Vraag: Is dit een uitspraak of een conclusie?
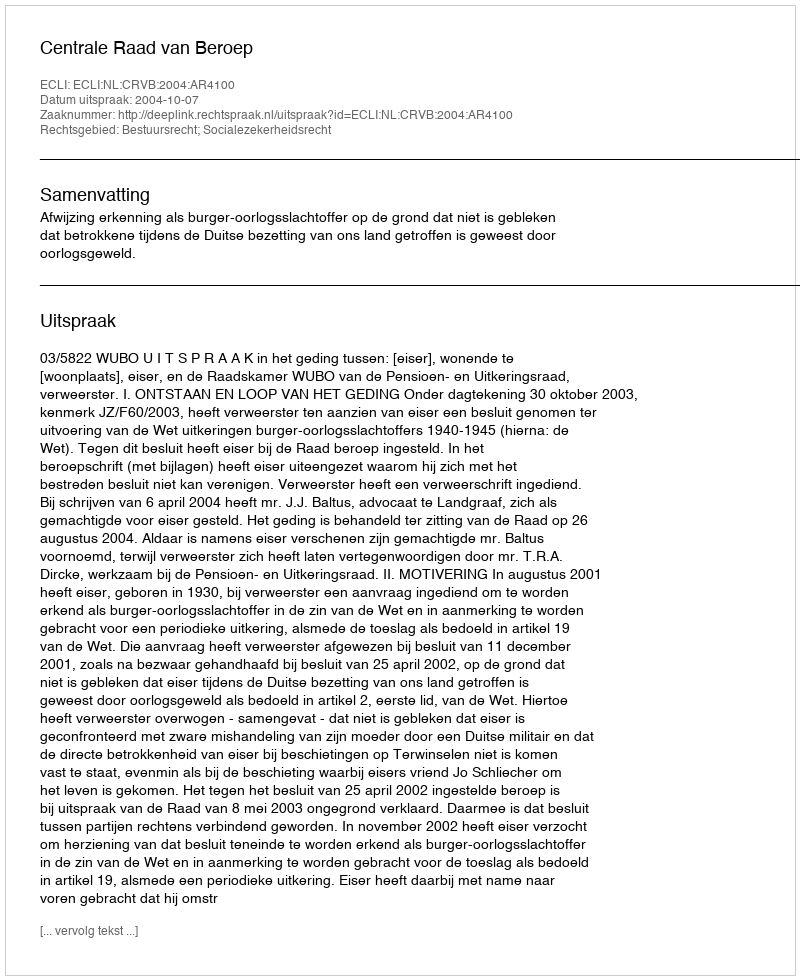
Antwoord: Uitspraak